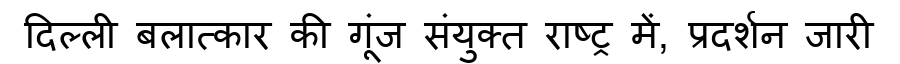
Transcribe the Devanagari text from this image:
दिल्ली बलात्कार की गूंज संयुक्त राष्ट्र में, प्रदर्शन जारी